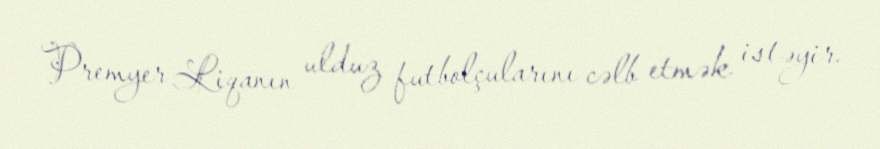
Premyer Liqanın ulduz futbolçularını cəlb etmək istəyir.